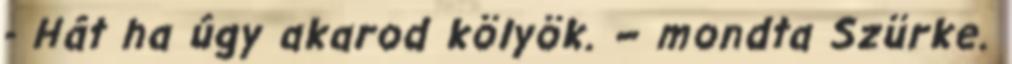
- Hát ha úgy akarod kölyök. – mondta Szürke.